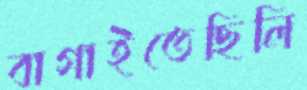
বাগাইতেছিলি